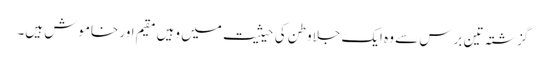
گزشتہ تین برس سے وہ ایک جلاوطن کی حیثیت میں وہیں مقیم اور خاموش ہیں۔